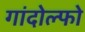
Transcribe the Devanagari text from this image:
गांदोल्फो